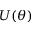
U ( \theta )